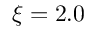
\xi = 2 . 0